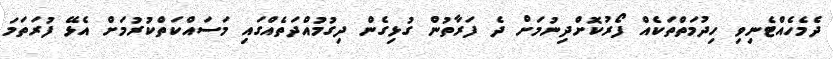
ދެމެހެއްޓެނިވި ހިދުމަތްތަކެއް ފޯރުކޮށްދިނުމަށް ދެ ފަރާތުން ގުޅިގެން ދިގުމުއްދަތެއްގައި މަސައްކަތްކުރުމަށް އެޅޭ ފުރަތަމަ